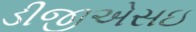
ડીજીએસઇ